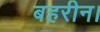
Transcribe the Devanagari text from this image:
बहरीन।